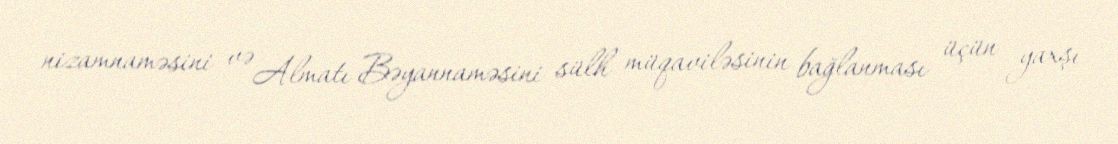
nizamnaməsini və Almatı Bəyannaməsini sülh müqaviləsinin bağlanması üçün yaxşı